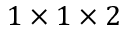
1 \times 1 \times 2